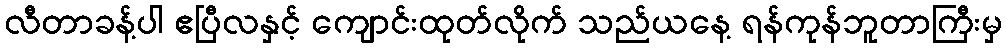
လီတာခန့်ပါ ဧပြီလနှင့် ကျောင်းထုတ်လိုက် သည်ယနေ့ ရန်ကုန်ဘူတာကြီးမှ